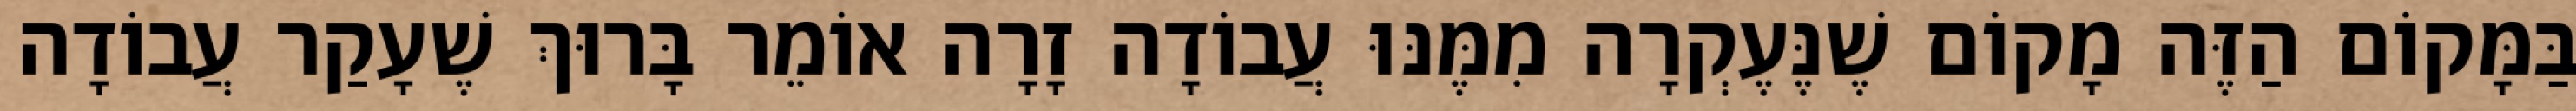
בַּמָּקוֹם הַזֶּה מָקוֹם שֶׁנֶּעֶקְרָה מִמֶּנּוּ עֲבוֹדָה זָרָה אוֹמֵר בָּרוּךְ שֶׁעָקַר עֲבוֹדָה